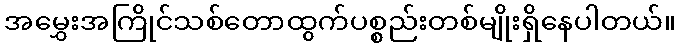
အမွှေးအကြိုင်သစ်တောထွက်ပစ္စည်းတစ်မျိုးရှိနေပါတယ်။